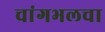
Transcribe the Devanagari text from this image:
चांगभलचा